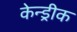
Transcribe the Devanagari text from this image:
केन्ड्रीक